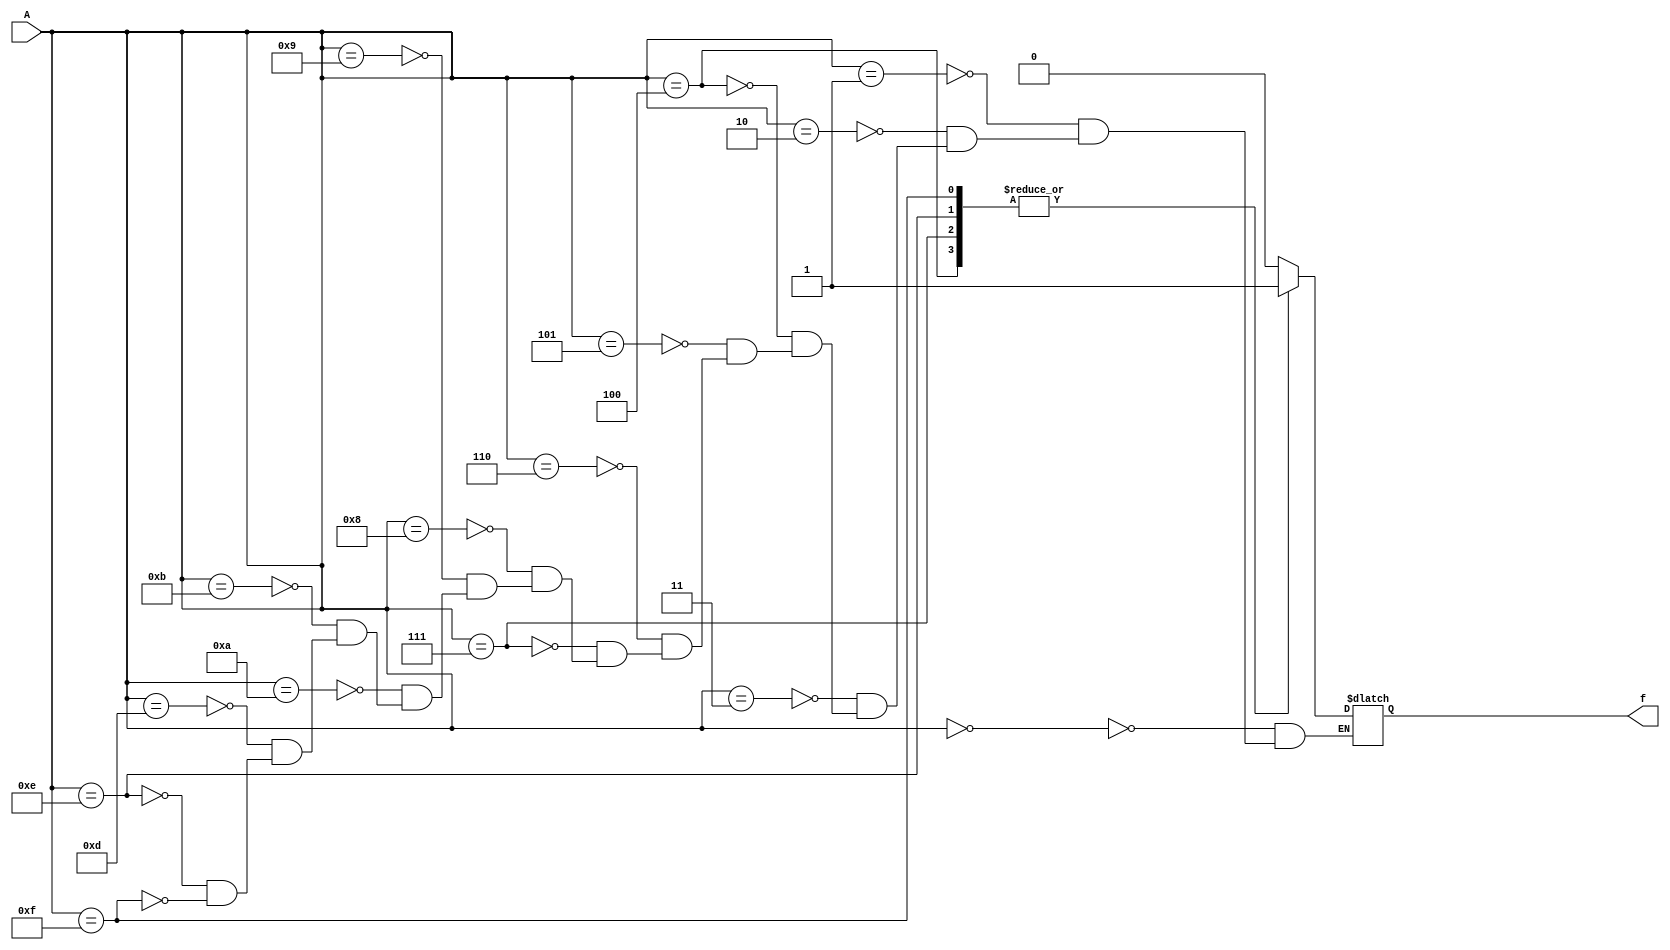
`timescale 1ns / 1ps
//////////////////////////////////////////////////////////////////////////////////
// Company: 
// Engineer: 
// 
// Design Name: 
// Module Name:    ADL1 
// Project Name: 
// Target Devices: 
// Tool versions: 
// Description: 
//
// Dependencies: 
//
// Revision: 
// Revision 0.01 - File Created
// Additional Comments: 
//
//////////////////////////////////////////////////////////////////////////////////
module ADL1(f,A);

input [3:0]A;
output reg f;

always@(*)
begin
case(A)

4'b0000: f=1'b0;
4'b0001: f=1'b0;
4'b0010: f=1'b0;
4'b0011: f=1'b0;
4'b0100: f=1'b1;
4'b0101: f=1'bz;
4'b0110: f=1'b0;
4'b0111: f=1'b1;
4'b1000: f=1'b0;
4'b1001: f=1'b0;
4'b1010: f=1'bz;
4'b1011: f=1'bz;
4'b1010: f=1'b1;
4'b1101: f=1'b0;
4'b1110: f=1'b1;
4'b1111: f=1'b1;

endcase
end
endmodule